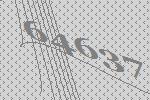
64637